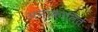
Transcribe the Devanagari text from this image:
अनाकालित